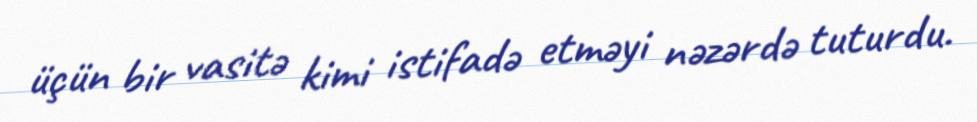
üçün bir vasitə kimi istifadə etməyi nəzərdə tuturdu.